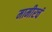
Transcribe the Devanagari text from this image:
मामीरचं